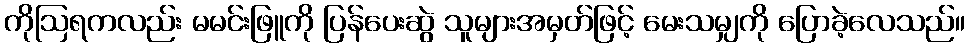
ကိုဩရကလည်း မမင်းဖြူကို ပြန်ပေးဆွဲ သူများအမှတ်ဖြင့် မေးသမျှကို ပြောခဲ့လေသည်။